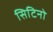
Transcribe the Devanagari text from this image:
सिटिनो